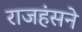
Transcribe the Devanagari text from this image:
राजहंसने